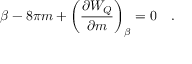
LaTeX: \beta - 8 \pi m + \left( { \frac { \partial W _ { Q } } { \partial m } } \right) _ { \beta } = 0 ~ ~ ~ .